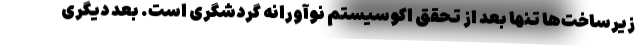
زیرساخت‌ها تنها بعد از تحقق اکوسیستم نوآورانه گردشگری است. بعد دیگری